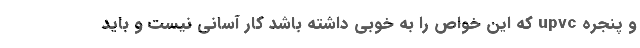
و پنجره upvc که این خواص را به خوبی داشته باشد کار آسانی نیست و باید